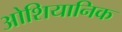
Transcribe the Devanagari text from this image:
ओशियानिक